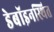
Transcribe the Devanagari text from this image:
डेबॉइनस्थित